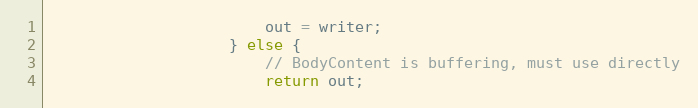
Language: Java
						out = writer;
					} else {
						// BodyContent is buffering, must use directly
						return out;